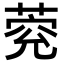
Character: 𦳾